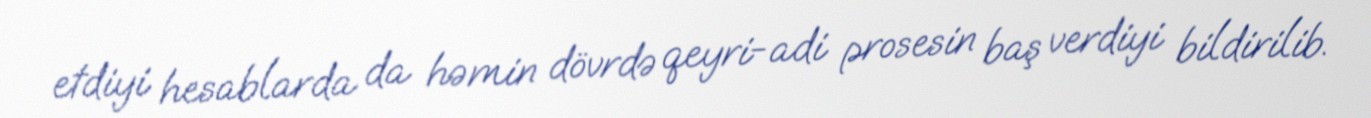
etdiyi hesablarda da həmin dövrdə qeyri-adi prosesin baş verdiyi bildirilib.